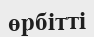
өрбітті